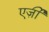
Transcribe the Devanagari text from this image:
एर्ज़ीं